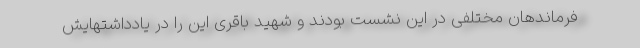
فرماندهان مختلفی در این نشست بودند و شهید باقری این را در یادداشتهایش